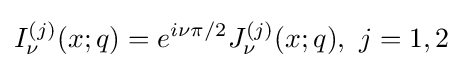
I_{\nu }^{(j)}(x;q)=e^{i\nu \pi /2}J_{\nu }^{(j)}(x;q),\ j=1,2